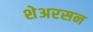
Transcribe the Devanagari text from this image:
शेअरसन